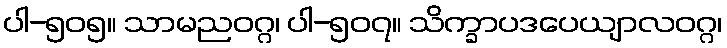
ပါ-၅၀၅။ သာမညဝဂ္ဂ၊ ပါ-၅၀၇။ သိက္ခာပဒပေယျာလဝဂ္ဂ၊